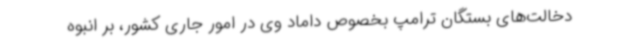
دخالت‌های بستگان ترامپ بخصوص داماد وی در امور جاری کشور، بر انبوه